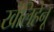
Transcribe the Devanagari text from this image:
खेलिहेनू